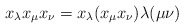
\begin{align*}x_{\lambda} x_{\mu}x_{\nu} = x_{\lambda} (x_{\mu}x_{\nu}) \lambda(\mu\nu)\end{align*}